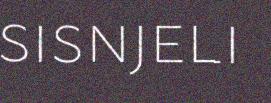
sisnjeli